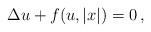
LaTeX: \begin{align*} \Delta u+ f(u,|x|)=0 \, ,\end{align*}